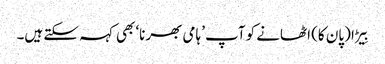
بِیڑا (پان کا) اٹھانے کو آپ ’ہامی بھرنا‘ بھی کہہ سکتے ہیں۔